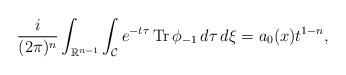
LaTeX: \begin{align*} \frac{i}{(2 \pi)^{n}}\int_{\mathbb{R}^{n-1}}\int_{\mathcal{C}} e^{-t\tau} \operatorname{Tr} \phi_{-1} \,d\tau \,d\xi =a_0(x)t^{1-n},\end{align*}